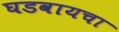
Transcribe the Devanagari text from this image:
घडवायचा